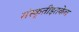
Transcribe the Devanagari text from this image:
संस्कृतीइतकेच